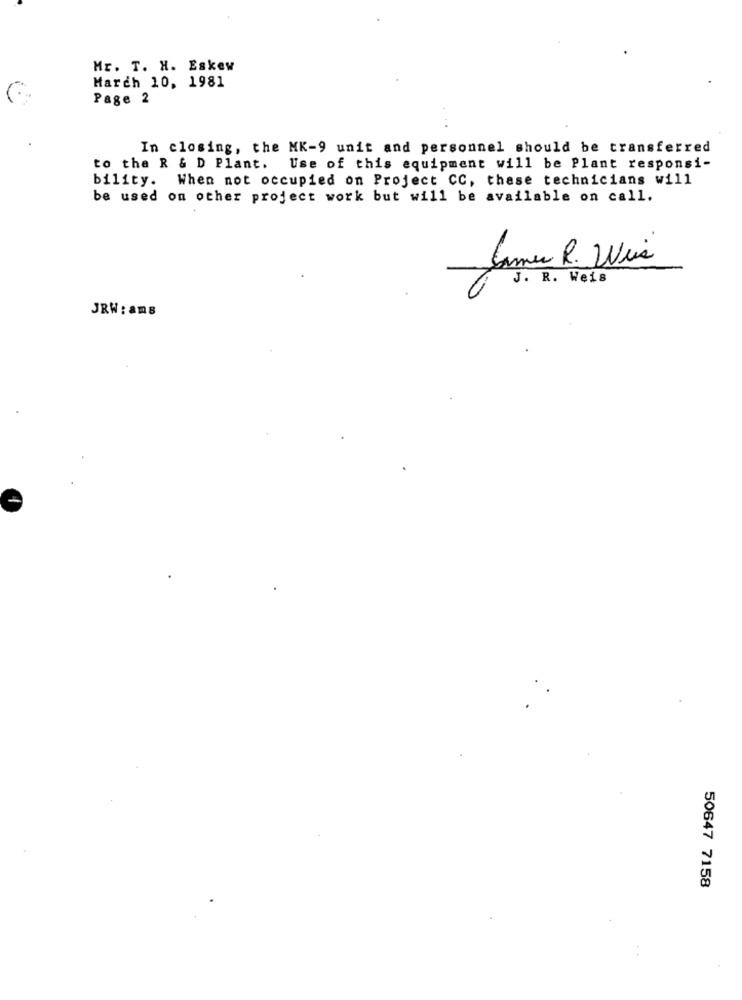
Mr. T. H. Eskew
March 10, 1981
Page 2
In closing, the MK-9 unit and personnel should be transferred
to the R & D Plant. Use of this equipment will be Plant responsi-
bility. When not occupied on Project CC, these technicians will
be used on other project work but will be available on call.
James R. Wis
J. R. Weis
JRW: ams
50647 7158